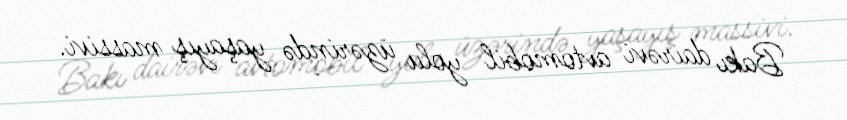
Bakı dairəvi avtomobil yolu üzərində yaşayış massivi.